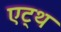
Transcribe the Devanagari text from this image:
एट्थ